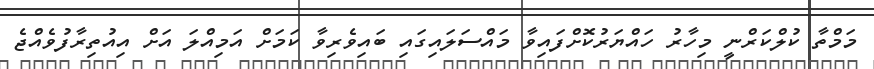
މަމްތާ ކުލްކަރްނީ މިހާރު ހައްޔަރުކޮށްފައިވާ މައްސަލައިގައި ބައިވެރިވާ ކަމަށް އަމިއްލަ އަށް އިއުތިރާފުވެއްޖެ